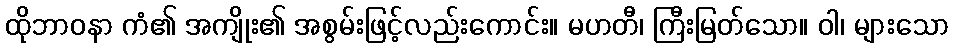
ထိုဘာဝနာ ကံ၏ အကျိုး၏ အစွမ်းဖြင့်လည်းကောင်း။ မဟတီ၊ ကြီးမြတ်သော။ ဝါ၊ များသော